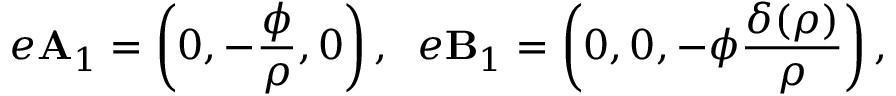
e \mathbf { A } _ { 1 } = \left( 0 , - \frac { \phi } { \rho } , 0 \right) , \; \; e \mathbf { B } _ { 1 } = \left( 0 , 0 , - \phi \frac { \delta ( \rho ) } { \rho } \right) ,